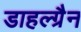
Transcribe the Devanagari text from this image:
डाहल्ग्रैन